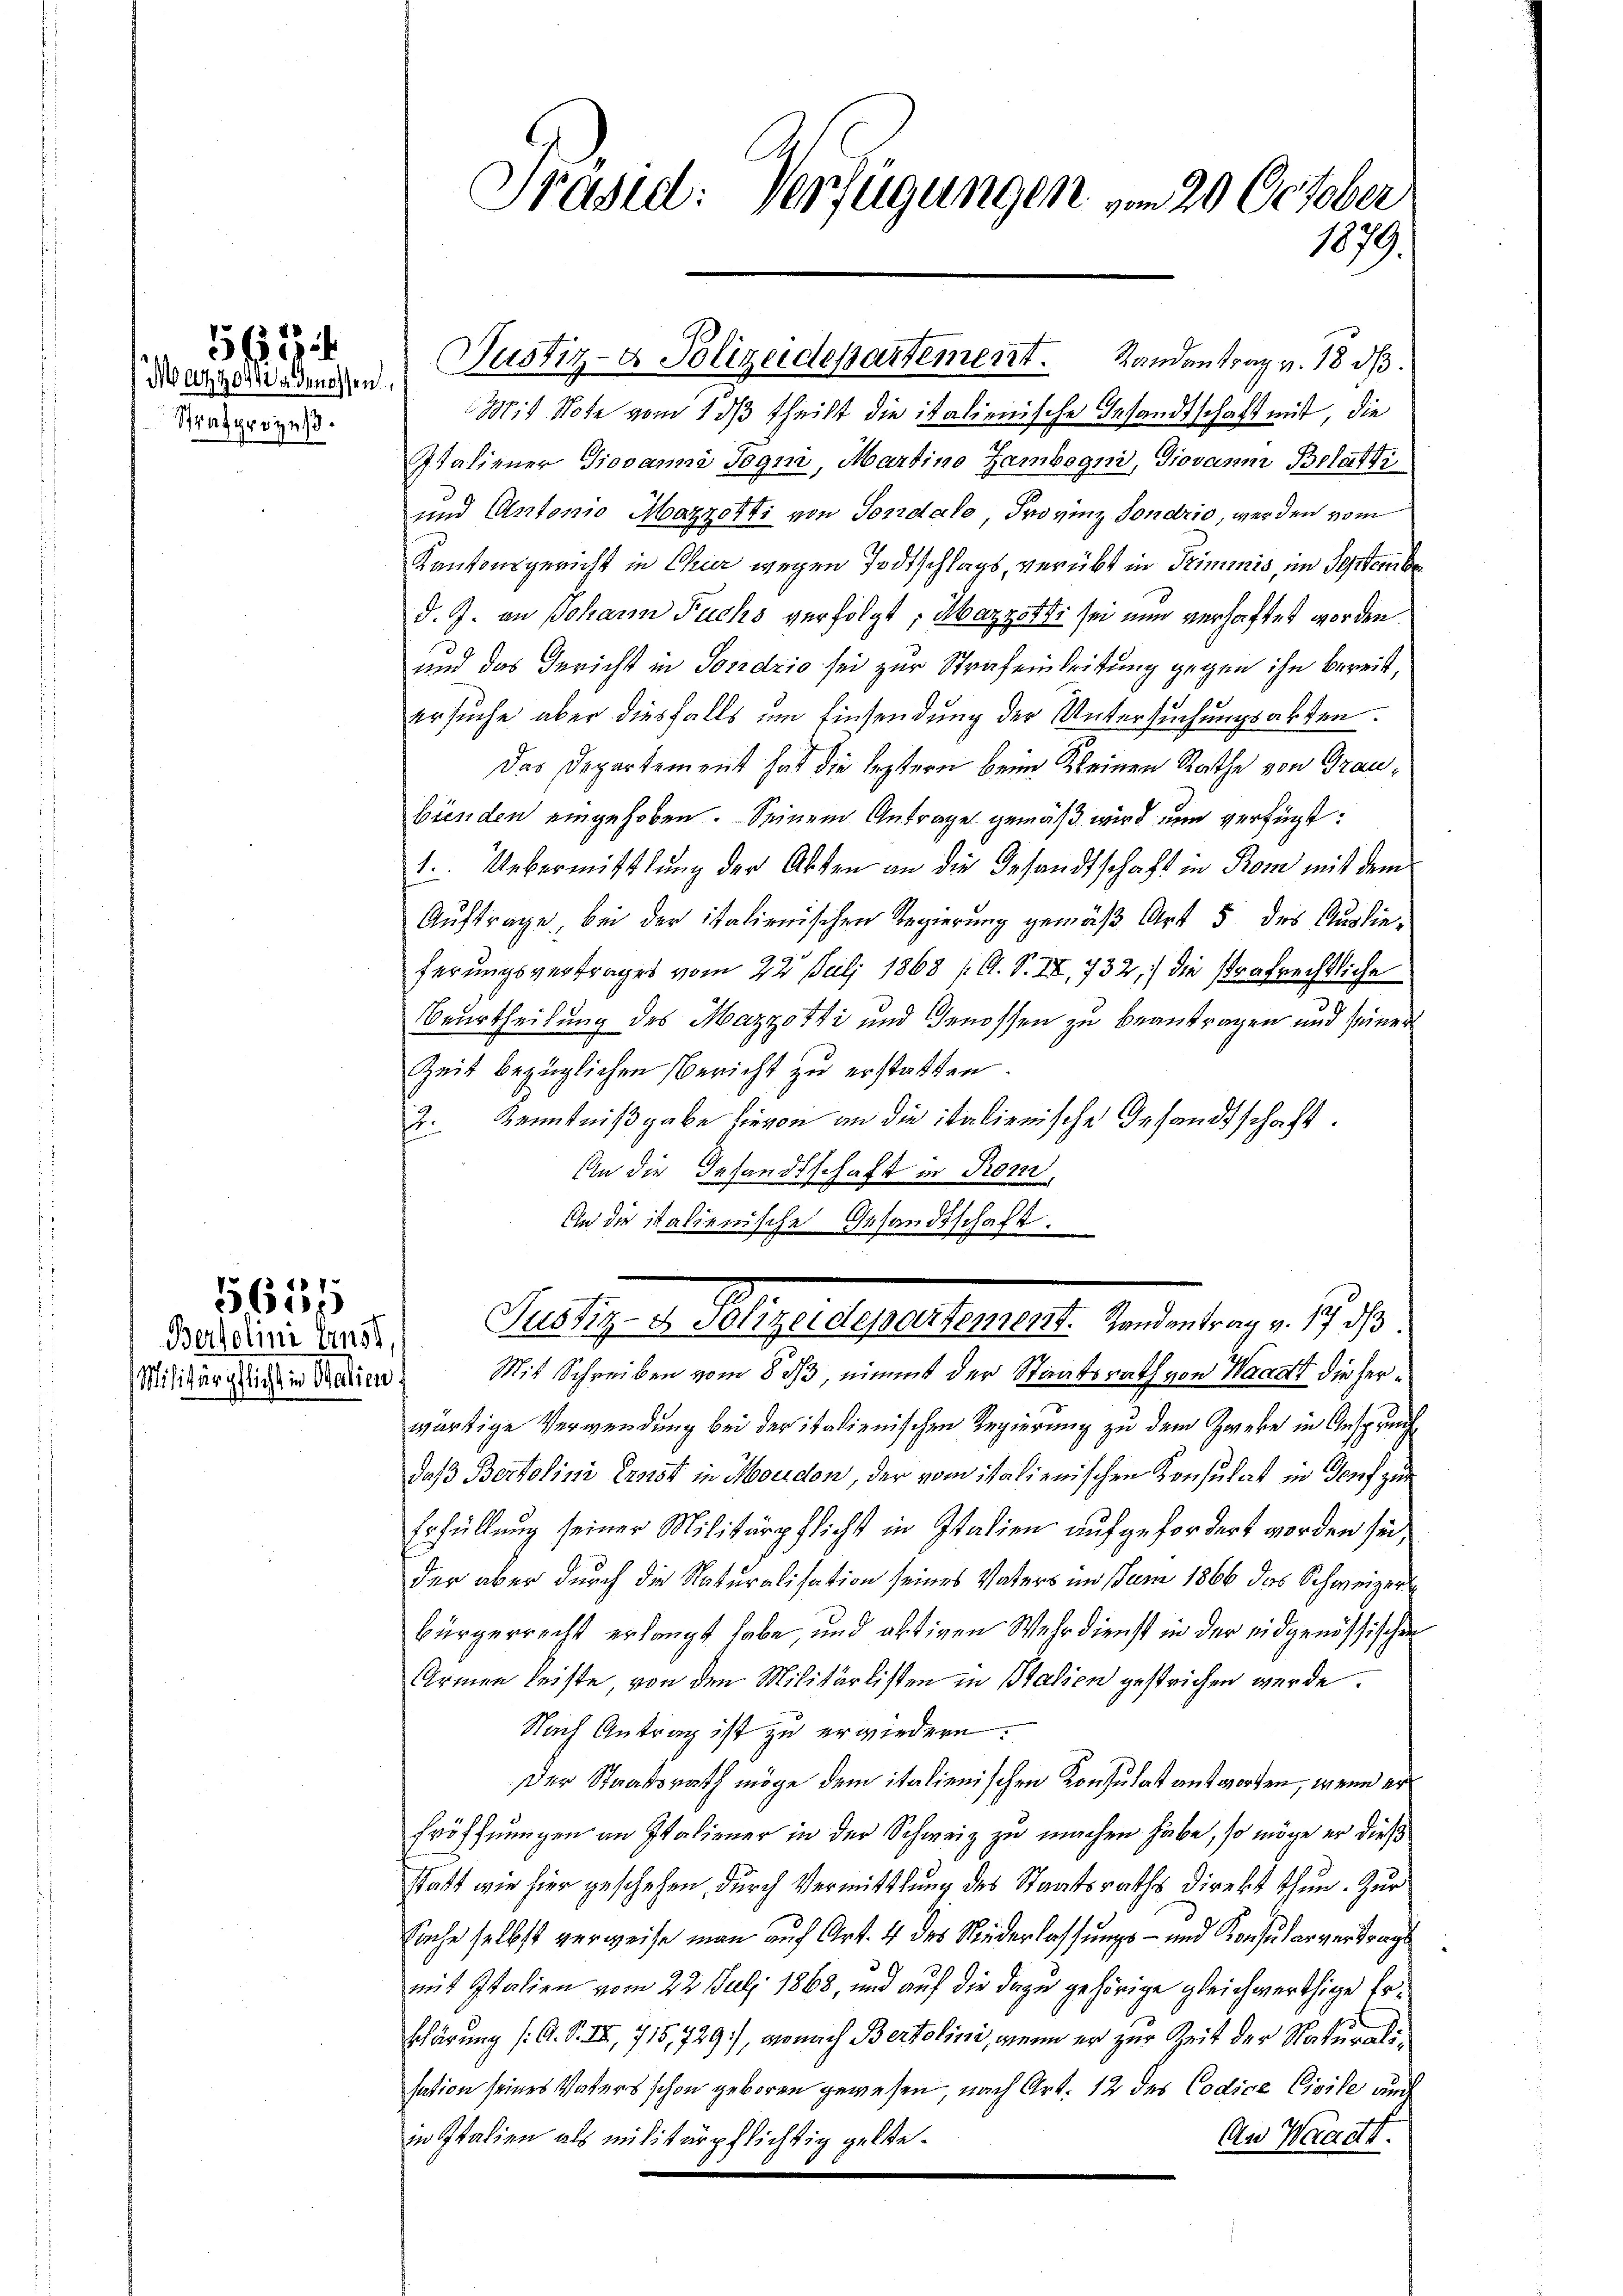
Mezzo genossen.
Strafprozes.

Bertolini anst

5651

Präsid: Verfügungen vom 20 October
1079.

Mit Note vom 1 dβ theilt die italienische Gesandtschaft mit, die
Italiener Giovanna Jogni, Martino Zambogni, Giovanm Belati
und Antonio Moazzotti von Sondalo, Provinz Fondrio, werden vom
Kantonsgericht in Chur wegen Todtschlags, verübt in Trimmis, im Septembe
d. J. an Johann Fuchs verfolgt; Mazzotti sei nun verhaftet worden.
und das Gericht in Soredzio sei zur Strafeinleitung gegen ihn bereit,
ersuche aber diesfalls um Einsendung der Untersuchungsakten.
Das Departement hat die leztern beim Kleinen Rathe von Graubienden eingehoben. Seinem Antrage gemäß wird nun verfügt:
1. Uebermittlung der Akten an die Gesandtschaft in Rom mit dem
Auftrage, bei der italienischen Regierung gemäß Art 5 des Auslieferungsvertrages vom 22. Juli 1868 (A. S. IX, 732, die strafrechtliche
Beurtheilung des Mazzotti und Genossen zu beantragen und seiner
Zeit bezüglichen Bericht zu erstatten.
2. Kenntnißgabe hievon an die italienische Gesandtschaft.
An die Gesandtschaft in Korn,
An die italienische Gesandtschaft.

Justiz- & Polizeidepartement. Randantrag v. 18. ds.

Mellig u. August geleger h. Regierung . . .

Militärglichen Marien. Mit Schreiben vom 833, einmit der Staatsrath von Wacatt die herwärtige Verwendung bei der italienischen Regierung zu dem Zweke in Ansprech
daß Bertolini, Ernst in Moudon, der vom italienischen Konsulat in Dorf zur
Erfüllung seiner Militärpflicht in Italien aufgefordert worden sei,
der aber durch die Naturalisation seines Vaters im Juni 1866 das Schweizer
bürgerrecht erlangt habe, und altigen Wehrdienst in der eidgenössischen
Armen leiste, von den Militärlisten in Italien gestrichen werde.
Nach Antrag ist zu erwiedern.
Der Staatsrath möge dem italienischen Konsulat antworten, wenn er
Eröffnungen an Italiener in der Schweiz zu machen habe, so möge er dies
statt wie hier geschehen, durch Vermittlung des Staatsraths Direkt thun. Zur
Sache selbst verweise man auf Art. 4 des Niederlassungs- und Konsularvertragt
mit Italien vom 22. Juli 1868, und auf die dazu gehörige gleichwerthige Er¬
Schärung (O. S. III, 715,729), wonach Bertolini, wenn er zur Zeit der Staturalisation seines Vaters schon geboren gewesen, nach Art. 12 des Codice Civile auch
in Italien als militärpflichtig gelte.
An Waadt.